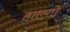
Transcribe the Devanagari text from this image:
हाएगो